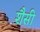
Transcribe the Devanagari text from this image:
शैसी